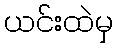
ယင်းထဲမှ